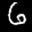
Label: 6